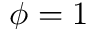
\phi = 1